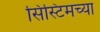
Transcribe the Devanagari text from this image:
सिस्टिमच्या